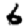
Digit: 6